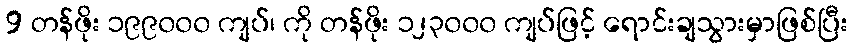
9 တန်ဖိုး ၁၉၉၀၀၀ ကျပ်၊ ကို တန်ဖိုး ၁၂၃၀၀၀ ကျပ်ဖြင့် ရောင်းချသွားမှာဖြစ်ပြီး